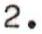
2.